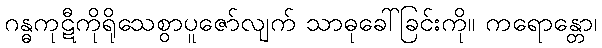
ဂန္ဓကုဋီကိုရိုသေစွာပူဇော်လျက် သာဓုခေါ်ခြင်းကို။ ကရောန္တော၊